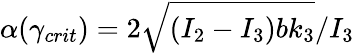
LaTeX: \alpha(\gamma_{crit})=2\sqrt{(I_{2}-I_{3})bk_{3}}/I_{3}